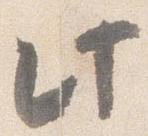
此